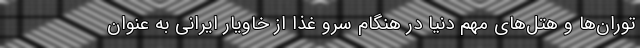
توران‌ها و هتل‌های مهم دنیا در هنگام سرو غذا از خاویار ایرانی به عنوان